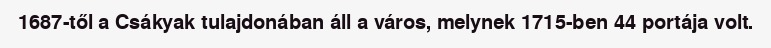
1687-től a Csákyak tulajdonában áll a város, melynek 1715-ben 44 portája volt.